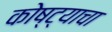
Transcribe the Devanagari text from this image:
कोष्ट्याचा